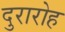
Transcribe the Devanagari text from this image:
दुरारोह